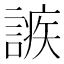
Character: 𧪠